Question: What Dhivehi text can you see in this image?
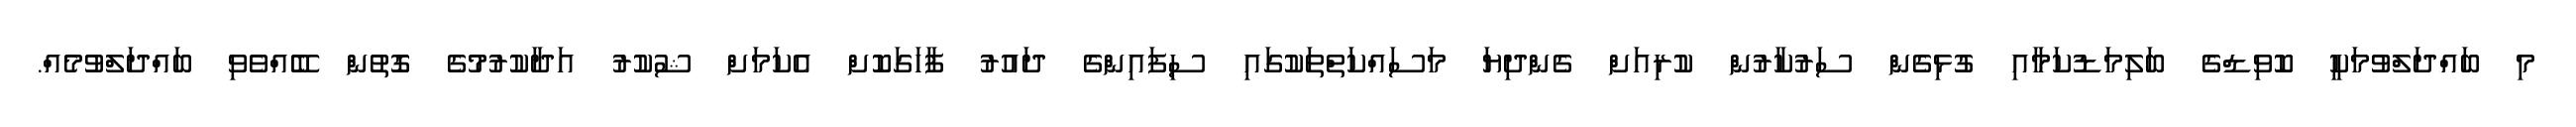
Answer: މި ބައްދަލްވުމަކީ ކޮވިޑްގެ ބަލިމަޑުކަމާއި ގުޅިގެން ސަރުކާރުން ކުރިއަށް ގެންދިޔަ މަސައްކަތްތަކުގައި ސިފައިންގެ ދައުރު ފާހަގަކޮށް އެކަމަށް ޝުކުރު އަދާކުރުމުގެ ގޮތުން ބޭއްވެވި ބައްދަލްވުމެއް.